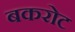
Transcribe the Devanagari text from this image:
बकरोट